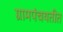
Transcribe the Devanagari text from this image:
ग्रामपंचयतीत